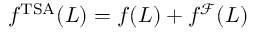
f ^ { \mathrm { T S A } } ( L ) = f ( L ) + f ^ { \mathcal { F } } ( L )